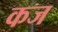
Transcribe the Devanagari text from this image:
कज